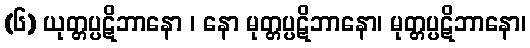
(၆) ယုတ္တပ္ပဋိဘာနော ၊ နော မုတ္တပ္ပဋိဘာနော၊ မုတ္တပ္ပဋိဘာနော၊